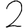
Digit: 2